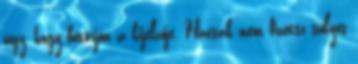
úgy, hogy betörjön a kijelzője. Hacsak nem fizetsz súlyos